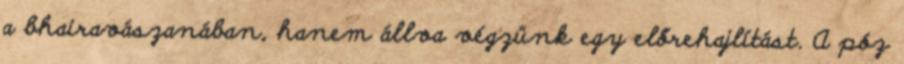
a bhairavászanában, hanem állva végzünk egy előrehajlítást. A póz